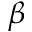
\beta